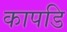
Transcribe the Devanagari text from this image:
कापडि